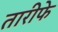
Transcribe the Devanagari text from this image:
तारीफे